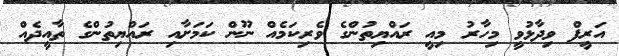
އަރީފް ވިދާޅުވީ މިހާރު މިއީ ރައްޔިތުންގެ ވެރިކަމެއް ނޫން ކަމަށާއި ރައްޔިތުންގެ ތާއީދެއް